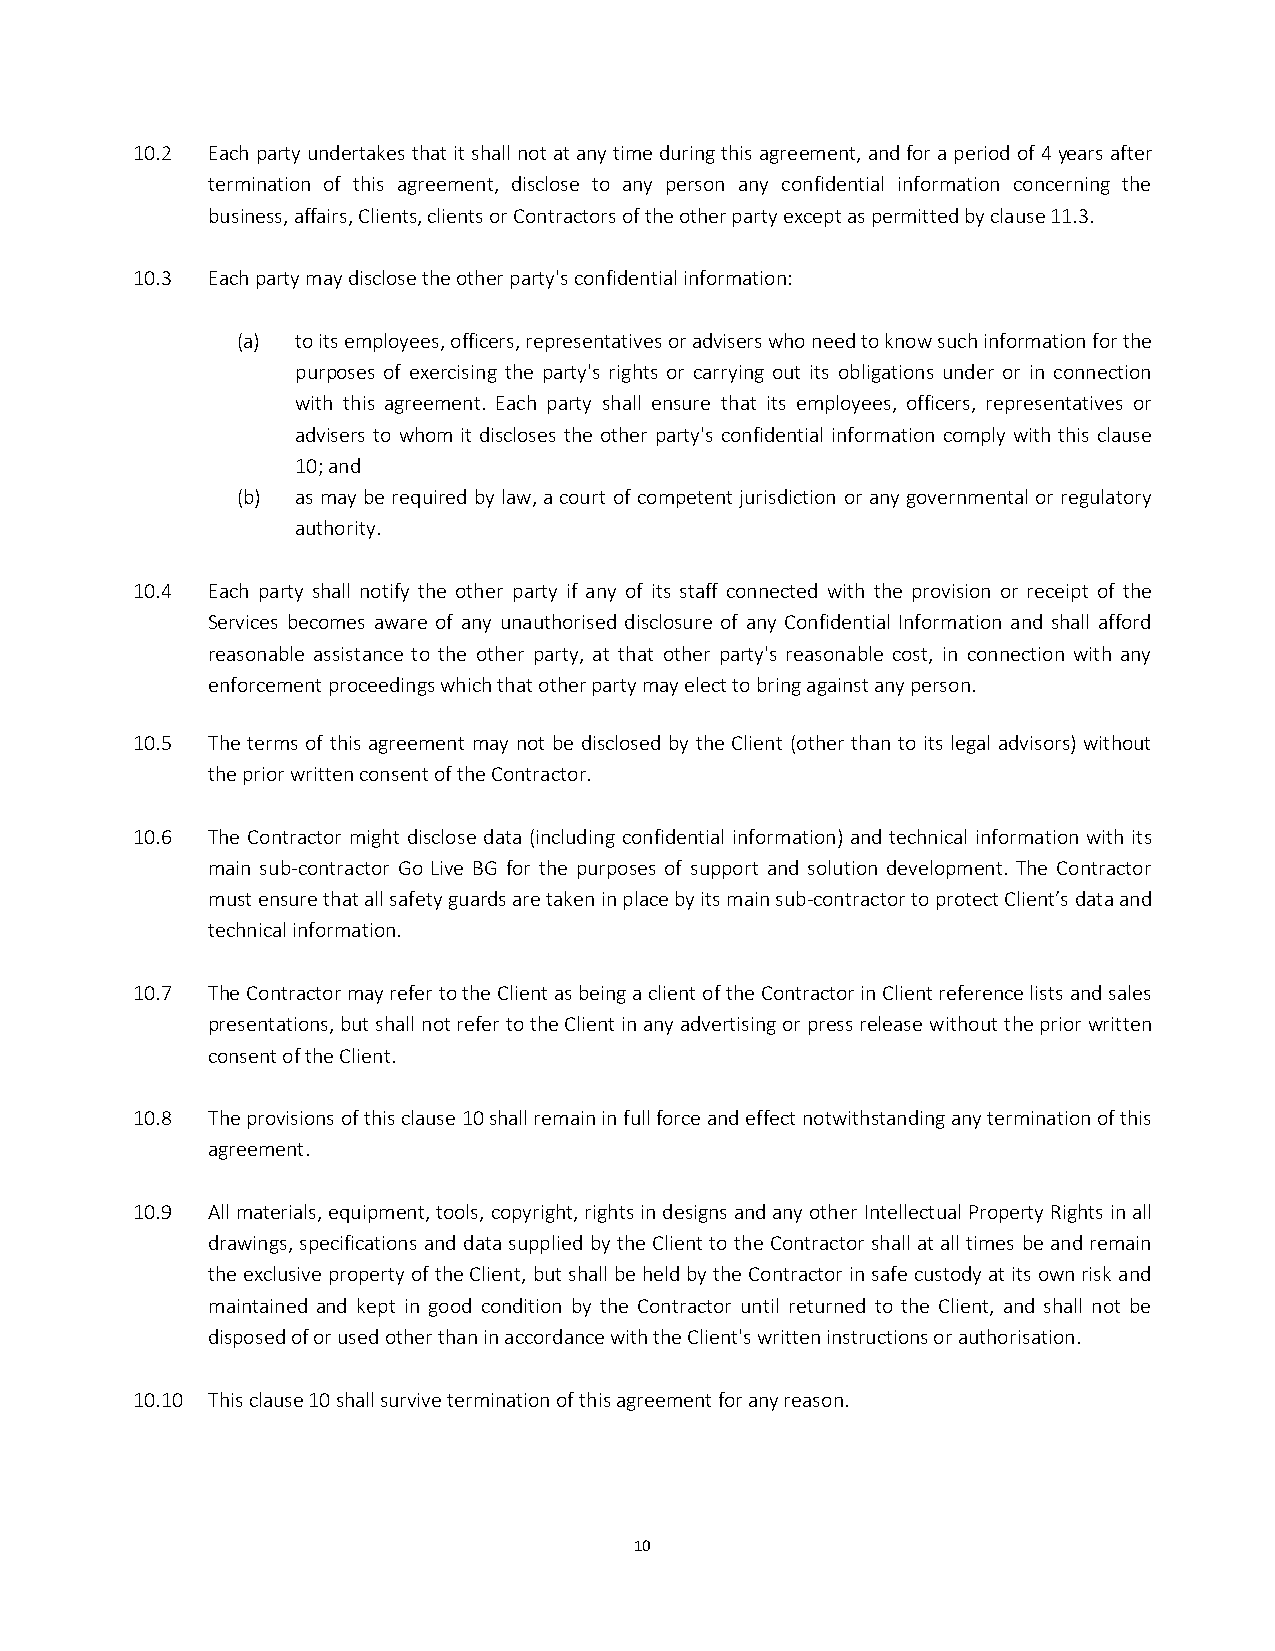
10.2 Each party undertakes that it shall not at any time during this agreement, and for a period of 4 years after
 termination of this agreement, disclose to any person any confidential information concerning the
 business, affairs, Clients, clients or Contractors of the other party except as permitted by clause 11.3.
 10.3 Each party may disclose the other party's confidential information:
 (a) to its employees, officers, representatives or advisers who need to know such information for the
 purposes of exercising the party's rights or carrying out its obligations under or in connection
 with this agreement. Each party shall ensure that its employees, officers, representatives or
 advisers to whom it discloses the other party's confidential information comply with this clause
 10; and
 (b) as may be required by law, a court of competent jurisdiction or any governmental or regulatory
 authority.
 10.4 Each party shall notify the other party if any of its staff connected with the provision or receipt of the
 Services becomes aware of any unauthorised disclosure of any Confidential Information and shall afford
 reasonable assistance to the other party, at that other party's reasonable cost, in connection with any
 enforcement proceedings which that other party may elect to bring against any person.
 10.5 The terms of this agreement may not be disclosed by the Client (other than to its legal advisors) without
 the prior written consent of the Contractor.
 10.6 The Contractor might disclose data (including confidential information) and technical information with its
 main sub-contractor Go Live BG for the purposes of support and solution development. The Contractor
 must ensure that all safety guards are taken in place by its main sub-contractor to protect Client’s data and
 technical information.
 10.7 The Contractor may refer to the Client as being a client of the Contractor in Client reference lists and sales
 presentations, but shall not refer to the Client in any advertising or press release without the prior written
 consent of the Client.
 10.8 The provisions of this clause 10 shall remain in full force and effect notwithstanding any termination of this
 agreement.
 10.9 All materials, equipment, tools, copyright, rights in designs and any other Intellectual Property Rights in all
 drawings, specifications and data supplied by the Client to the Contractor shall at all times be and remain
 the exclusive property of the Client, but shall be held by the Contractor in safe custody at its own risk and
 maintained and kept in good condition by the Contractor until returned to the Client, and shall not be
 disposed of or used other than in accordance with the Client's written instructions or authorisation.
 10.10 This clause 10 shall survive termination of this agreement for any reason.
 10